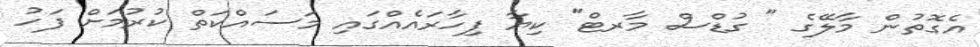
އެގޮތުން މާލޭގެ " ގުޑްސް މާރޓް" ކިޔާ ފިހާރައެެއްގައި މަސައްކަތް ކުރުމަށް ފަހު